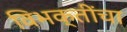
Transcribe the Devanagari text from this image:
विभक्तींचा